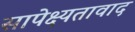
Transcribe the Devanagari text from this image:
सापेक्ष्यतावाद